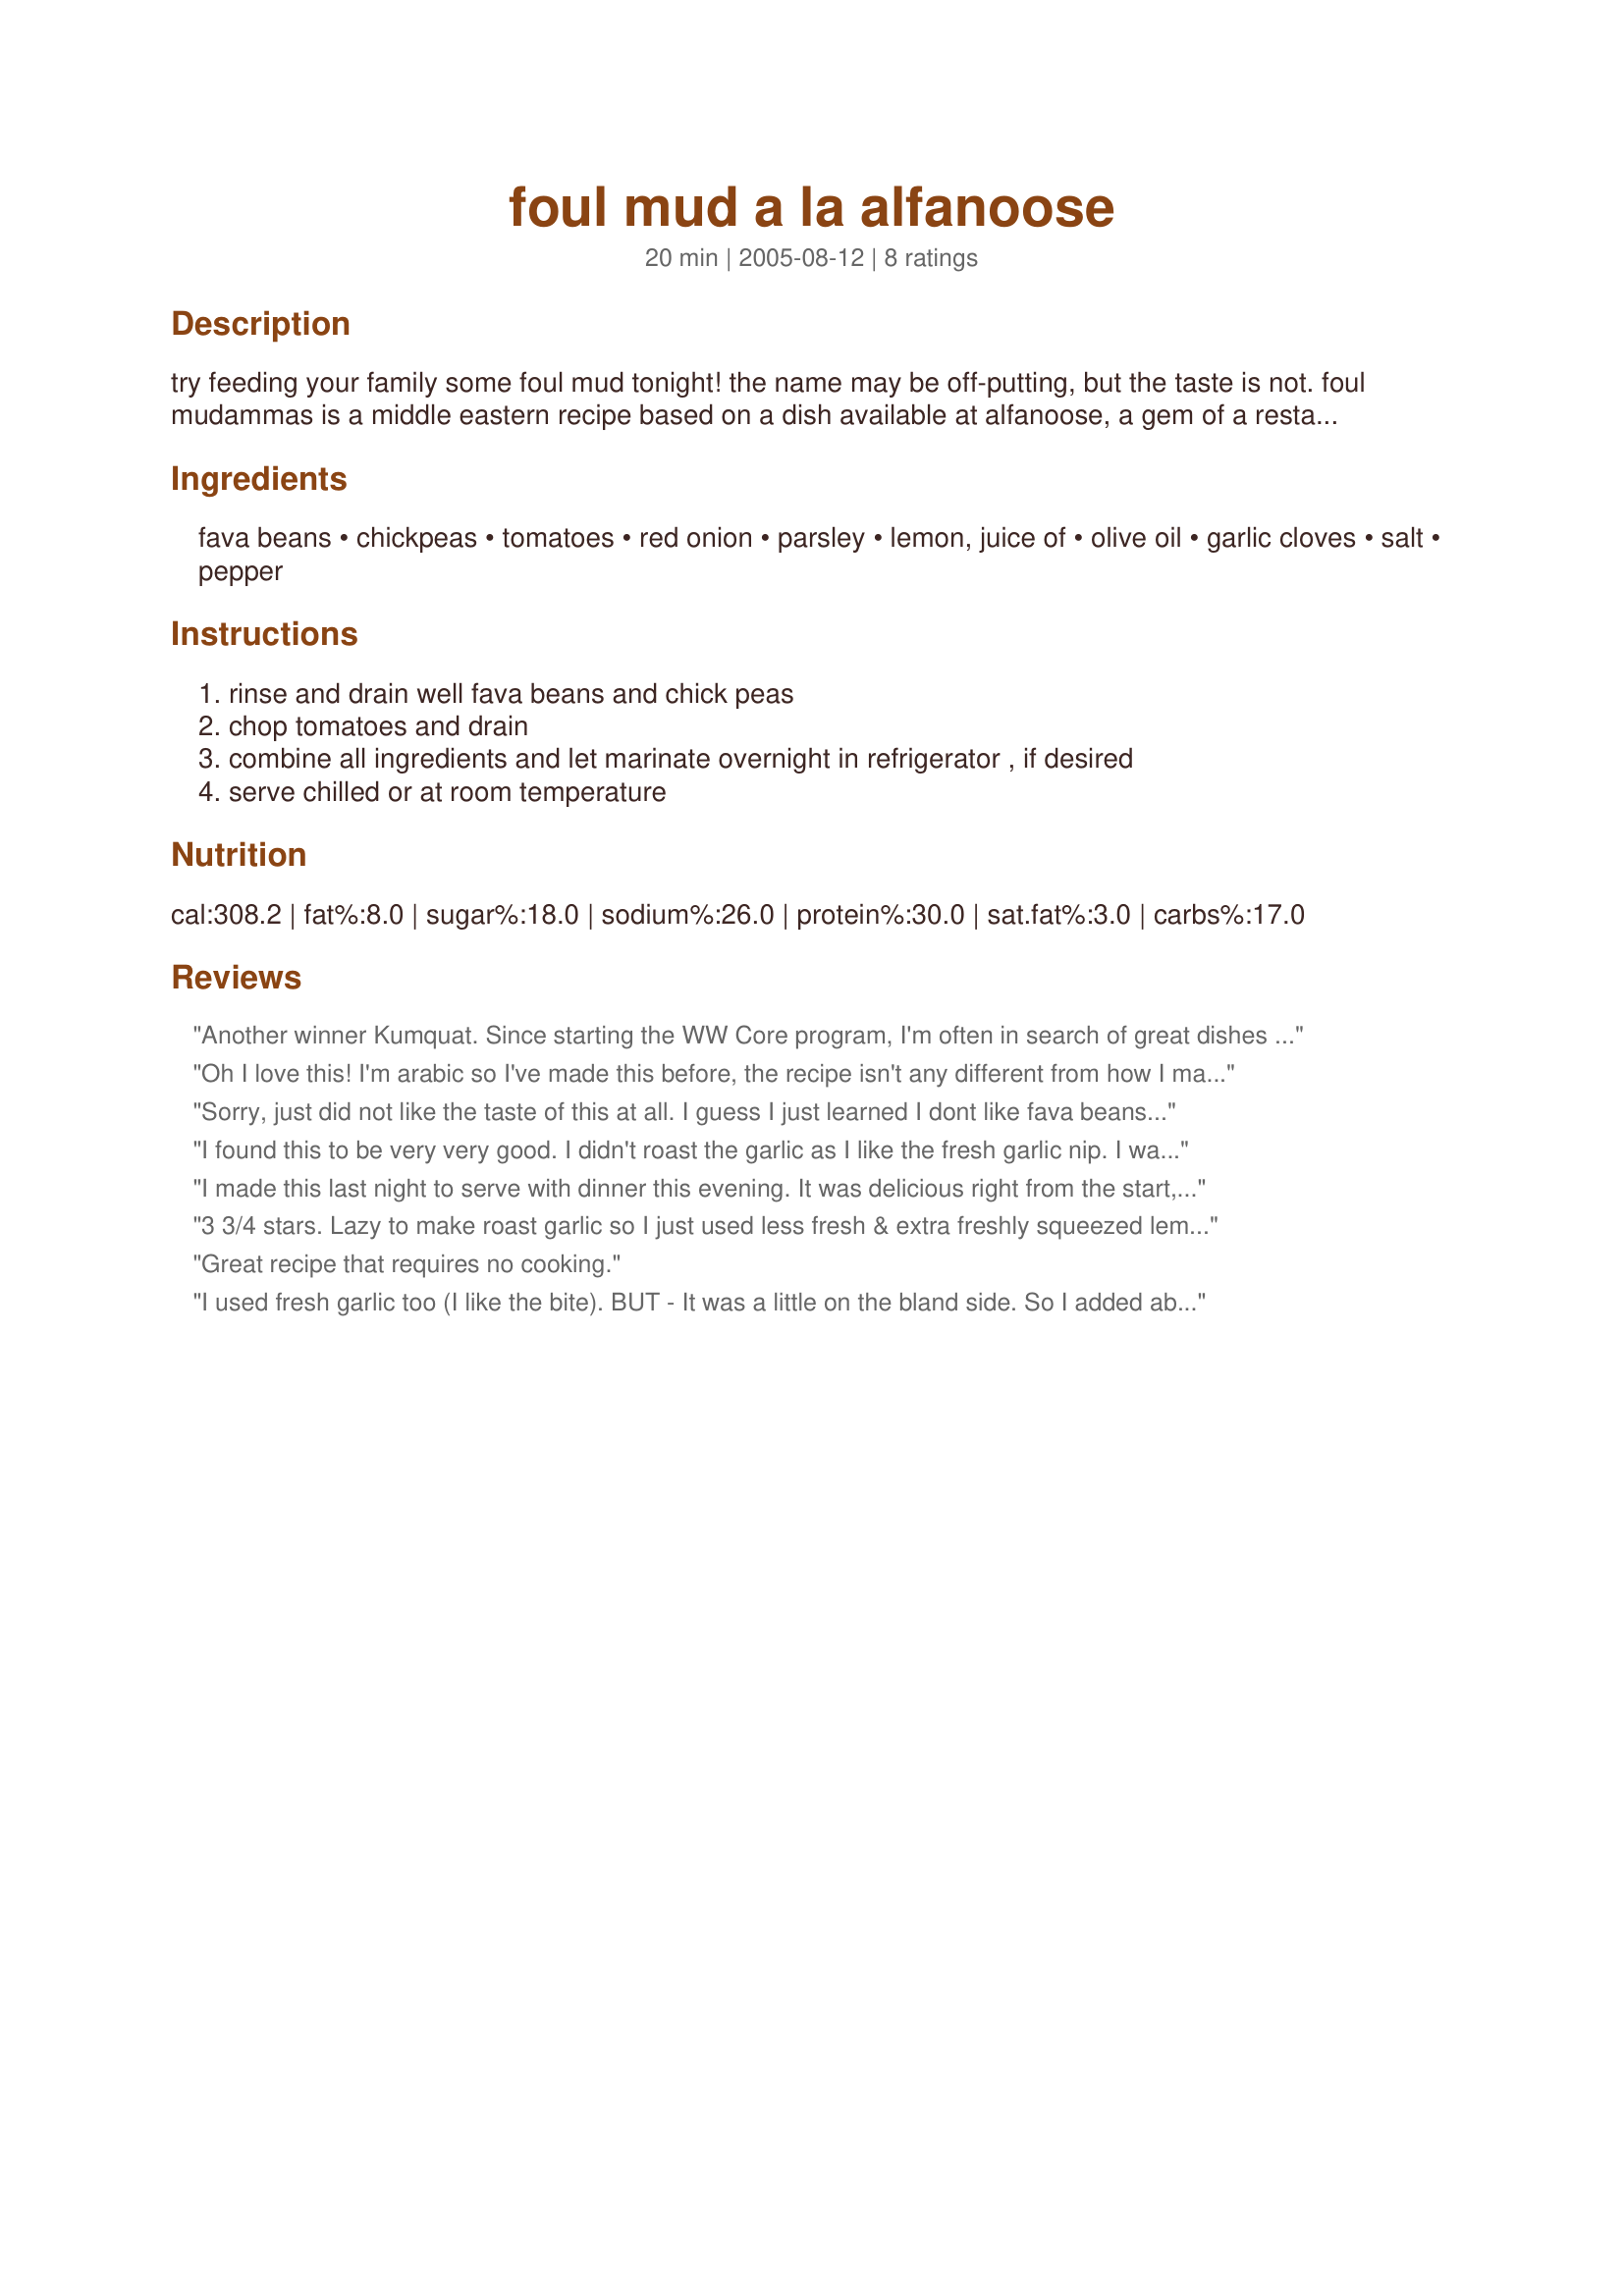
foul mud a la alfanoose
Preparation time: 20 minutes

try feeding your family some foul mud tonight! the name may be off-putting, but the taste is not. foul mudammas is a middle eastern recipe based on a dish available at alfanoose, a gem of a restaurant in the financial district in manhattan, where you'll find all the suits from wall street lined up for their weekday fix. this dish may or may not be authentic, but the guy who runs this place (and his wife who developed this recipe) are definitely arabic. serve as side dish or for lunch in a pita bread. i recommend using the roasted garlic - instructions for how to roast garlic can be found elsewhere on recipezaar. using raw garlic will give it more of a bite but won't make it as aromatic. letting this soak overnight improves the flavor but that's optional.

Ingredients:
fava beans, chickpeas, tomatoes, red onion, parsley, lemon, juice of, olive oil, garlic cloves, salt, pepper

Steps:
rinse and drain well fava beans and chick peas, chop tomatoes and drain, combine all ingredients and let marinate overnight in refrigerator , if desired, serve chilled or at room temperature

Reviews:
Another winner Kumquat. Since starting the WW Core program, I'm often in search of great dishes that make use of canned beans. This came together in a jiffy and the flavors were superb. Since the oven was on for another dish, I chose the roasted garlic option and would certainly do it again that way.
Oh I love this! I'm arabic so I've made this before, the recipe isn't any different from how I make it, but I'm usually too lazy to roast the garlic. yeah, the fava beans may be a little bland but I think maybe it's an aquired taste? cause I love them
Sorry, just did not like the taste of this at all. I guess I just learned I dont like fava beans and it was a bit bland. This dish may be beacuse it's not to my taste even though I like parsley and all the other ingredients. None of the family liked it.
I found this to be very very good. I didn't roast the garlic as I like the fresh garlic nip. I was tempted to add some carrots left over from Thanksgiving but I wanted to make it as intended and was glad that I resisted. I made it last night and left it in the fridge overnight, tasted it this morning and added a bit more lemon juice and salt. I had a serving cold from the fridge and I think I'll let the next serving come up to room temp to see if it makes a difference only for testing reasons. Giving it the marinating time is most important with this recipe I think. I loved it and it made a very fine compliment to the broiled Moroccan spiced chicken breast. A lovely lunch. I think it's winner Kumquat!
I made this last night to serve with dinner this evening. It was delicious right from the start, even before allowing it to marinate. I couldn't find canned fava beans in the market (?) so I opted for butter beans. Although I love roasted garlic I used fresh garlic. Definitely will be making this again. Thanks for posting.
3 3/4 stars. Lazy to make roast garlic so I just used less fresh & extra freshly squeezed lemon out of preference. I prefer a similar salad with just chickpeas rather than using fava beans, like other said they are bland. I used extra virgin olive oil and sea salt. I won't make this again.
Great recipe that requires no cooking.
I used fresh garlic too (I like the bite). BUT - It was a little on the bland side. So I added about 1 heaping tsp toasted cumin and 1/2 tsp ground coriander. It really elevated this salad to the next level.
